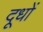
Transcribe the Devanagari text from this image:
दूधों